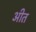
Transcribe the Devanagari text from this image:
अीत